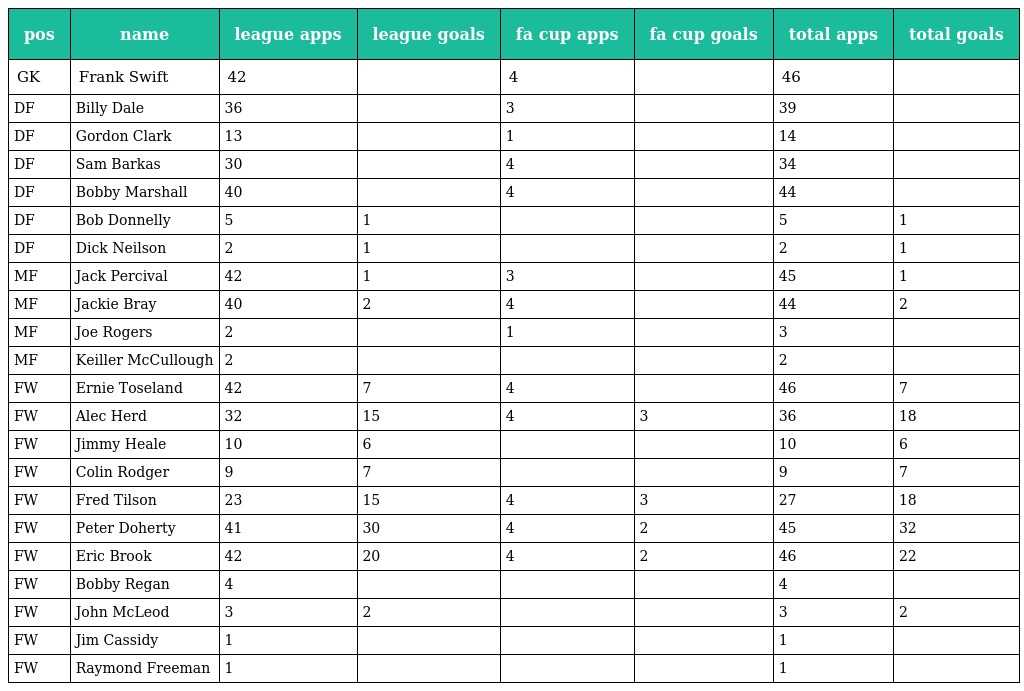
| pos | name | league apps | league goals | fa cup apps | fa cup goals | total apps | total goals |
 | --- | --- | --- | --- | --- | --- | --- | --- |
 | GK | Frank Swift | 42 |  | 4 |  | 46 |  |
 | DF | Billy Dale | 36 |  | 3 |  | 39 |  |
 | DF | Gordon Clark | 13 |  | 1 |  | 14 |  |
 | DF | Sam Barkas | 30 |  | 4 |  | 34 |  |
 | DF | Bobby Marshall | 40 |  | 4 |  | 44 |  |
 | DF | Bob Donnelly | 5 | 1 |  |  | 5 | 1 |
 | DF | Dick Neilson | 2 | 1 |  |  | 2 | 1 |
 | MF | Jack Percival | 42 | 1 | 3 |  | 45 | 1 |
 | MF | Jackie Bray | 40 | 2 | 4 |  | 44 | 2 |
 | MF | Joe Rogers | 2 |  | 1 |  | 3 |  |
 | MF | Keiller McCullough | 2 |  |  |  | 2 |  |
 | FW | Ernie Toseland | 42 | 7 | 4 |  | 46 | 7 |
 | FW | Alec Herd | 32 | 15 | 4 | 3 | 36 | 18 |
 | FW | Jimmy Heale | 10 | 6 |  |  | 10 | 6 |
 | FW | Colin Rodger | 9 | 7 |  |  | 9 | 7 |
 | FW | Fred Tilson | 23 | 15 | 4 | 3 | 27 | 18 |
 | FW | Peter Doherty | 41 | 30 | 4 | 2 | 45 | 32 |
 | FW | Eric Brook | 42 | 20 | 4 | 2 | 46 | 22 |
 | FW | Bobby Regan | 4 |  |  |  | 4 |  |
 | FW | John McLeod | 3 | 2 |  |  | 3 | 2 |
 | FW | Jim Cassidy | 1 |  |  |  | 1 |  |
 | FW | Raymond Freeman | 1 |  |  |  | 1 |  |